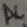
Text: AC